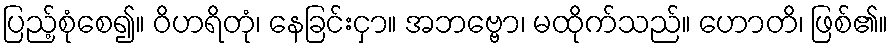
ပြည့်စုံစေ၍။ ဝိဟရိတုံ၊ နေခြင်းငှာ။ အဘဗ္ဗော၊ မထိုက်သည်။ ဟောတိ၊ ဖြစ်၏။